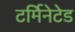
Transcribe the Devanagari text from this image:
टर्मिनेटेड